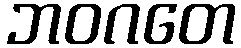
ဘဝဂတေ